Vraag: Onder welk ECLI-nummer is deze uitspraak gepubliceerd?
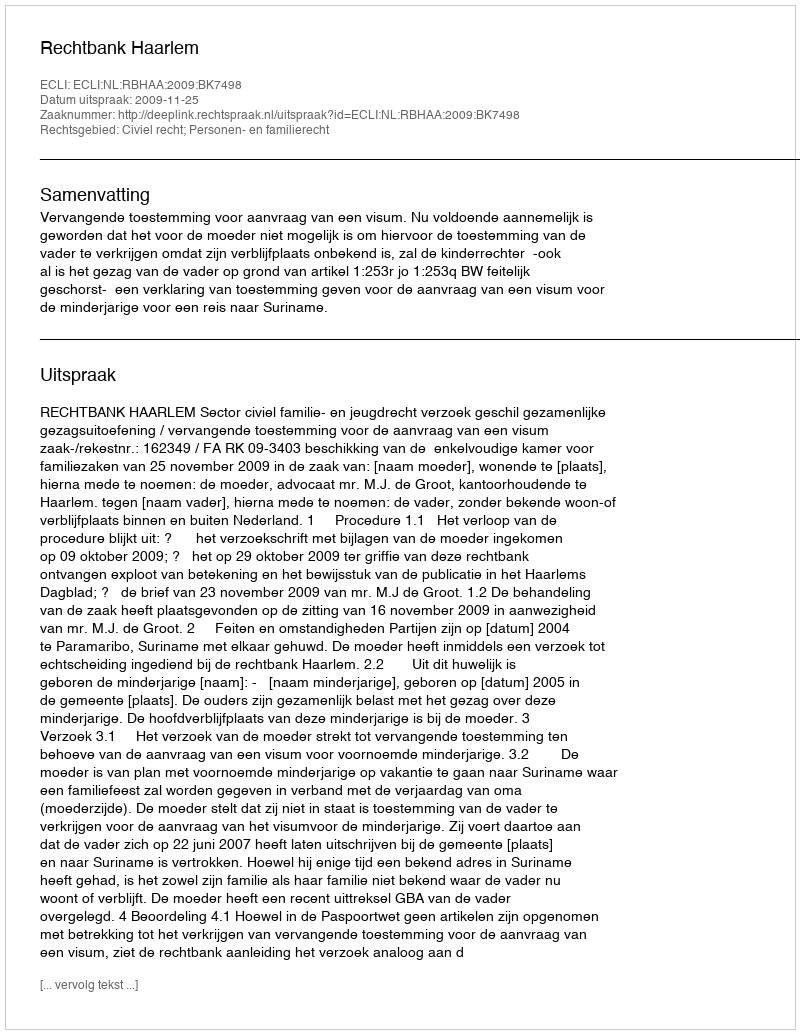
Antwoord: ECLI:NL:RBHAA:2009:BK7498